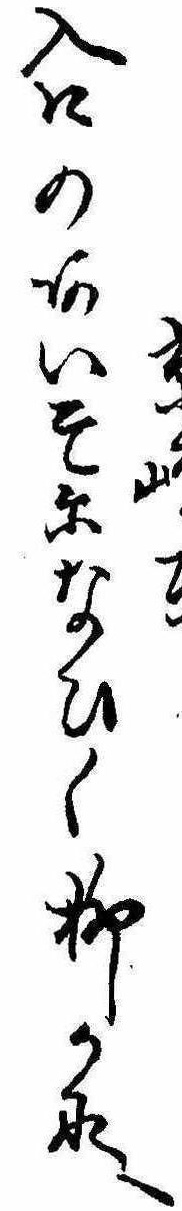
京島入口のあいそになひく柳かな